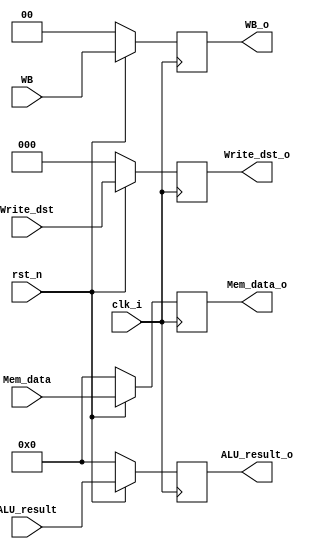
module MEM_WB_Stage( clk_i , rst_n ,WB , Mem_data , ALU_result , Write_dst ,
                                       WB_o , Mem_data_o , ALU_result_o ,Write_dst_o);
input clk_i;
input rst_n;                     

input [1:0]     WB;
input [15:0]    Mem_data;
input [15:0]    ALU_result;
input [2:0]     Write_dst;      

output reg [1:0]     WB_o;
output reg [15:0]    Mem_data_o;
output reg [15:0]    ALU_result_o;
output reg [2:0]     Write_dst_o;            

always @ (posedge clk_i ) begin
    if( ~rst_n ) begin
       WB_o <= 0;         
       Mem_data_o <= 0;   
       ALU_result_o <= 0; 
       Write_dst_o <= 0; 
    end
    else begin
        WB_o <= WB;        
        Mem_data_o <= Mem_data;  
        ALU_result_o <= ALU_result;
        Write_dst_o <= Write_dst; 
    end
end

endmodule